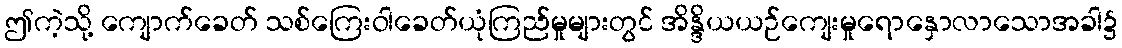
ဤကဲ့သို့ ကျောက်ခေတ် သစ်ကြေးဝါခေတ်ယုံကြည်မှုများတွင် အိန္ဒိယယဉ်ကျေးမှုရောနှောလာသောအခါ၌